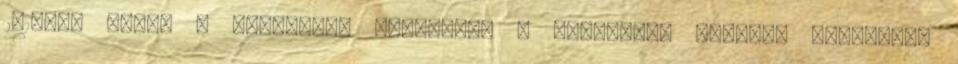
2017-es évben a legjobban használta a közösségi médiát. Légiósok: